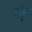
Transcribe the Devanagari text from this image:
बर्हि